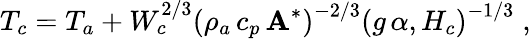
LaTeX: T_{c}=T_{a}+W_{c}^{2/3}\left(\rho_{a}\, c_{p}\, \mathbf{A}^{*}\right)^{-2/3}\left(g\, \alpha,H_{c}\right)^{-1/3}\; ,